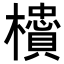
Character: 𬅇